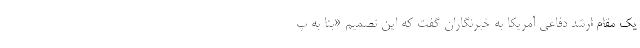
یک مقام ارشد دفاعی آمریکا به خبرنگاران گفت که این تصمیم «بنا به پ